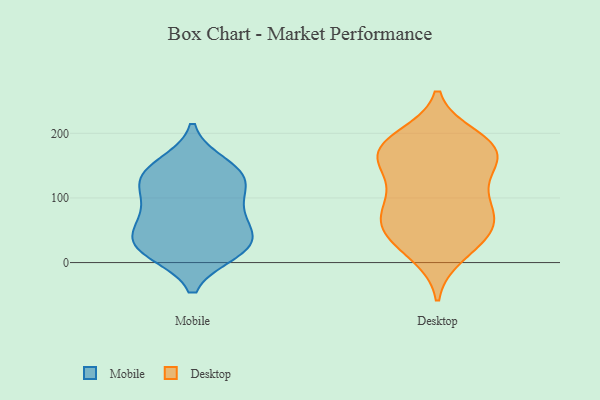
{"axis": {"x": "Budget (USD K)", "y": "Value"}, "legend": ["Desktop", "Mobile"], "data": [{"x": "", "y": 129, "type": "Mobile"}, {"x": "", "y": 25, "type": "Mobile"}, {"x": "", "y": 17, "type": "Mobile"}, {"x": "", "y": 23, "type": "Mobile"}, {"x": "", "y": 30, "type": "Mobile"}, {"x": "", "y": 34, "type": "Mobile"}, {"x": "", "y": 85, "type": "Mobile"}, {"x": "", "y": 117, "type": "Mobile"}, {"x": "", "y": 73, "type": "Mobile"}, {"x": "", "y": 131, "type": "Mobile"}, {"x": "", "y": 65, "type": "Mobile"}, {"x": "", "y": 151, "type": "Mobile"}, {"x": "", "y": 139, "type": "Mobile"}, {"x": "", "y": 116, "type": "Desktop"}, {"x": "", "y": 151, "type": "Desktop"}, {"x": "", "y": 61, "type": "Desktop"}, {"x": "", "y": 46, "type": "Desktop"}, {"x": "", "y": 181, "type": "Desktop"}, {"x": "", "y": 103, "type": "Desktop"}, {"x": "", "y": 194, "type": "Desktop"}, {"x": "", "y": 21, "type": "Desktop"}, {"x": "", "y": 163, "type": "Desktop"}, {"x": "", "y": 54, "type": "Desktop"}, {"x": "", "y": 139, "type": "Desktop"}, {"x": "", "y": 68, "type": "Desktop"}, {"x": "", "y": 80, "type": "Desktop"}, {"x": "", "y": 86, "type": "Desktop"}, {"x": "", "y": 171, "type": "Desktop"}, {"x": "", "y": 45, "type": "Desktop"}, {"x": "", "y": 186, "type": "Desktop"}, {"x": "", "y": 12, "type": "Desktop"}, {"x": "", "y": 169, "type": "Desktop"}, {"x": "", "y": 179, "type": "Desktop"}]}